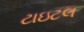
ટાઇટલ